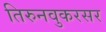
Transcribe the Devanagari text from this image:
तिरुनवुकरसर